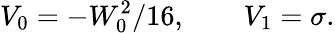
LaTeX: V_{0}=-W_{0}^{2}/16,\qquad V_{1}=\sigma.